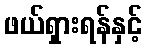
ဖယ်ရှားရန်နှင့်